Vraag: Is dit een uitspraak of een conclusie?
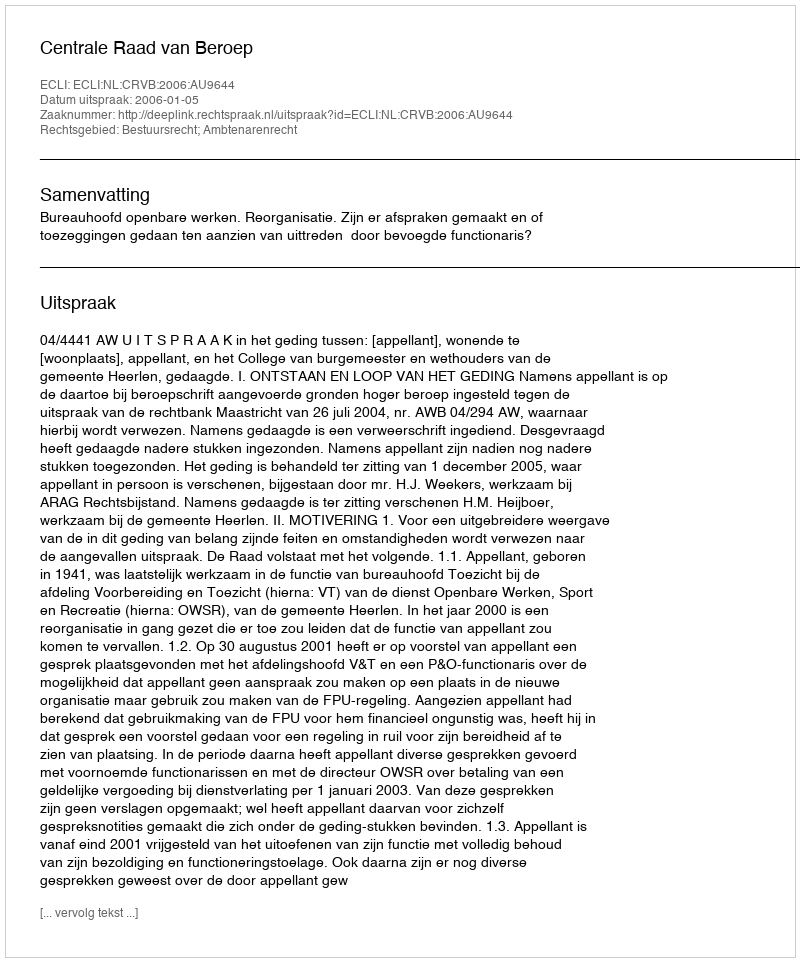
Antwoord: Uitspraak